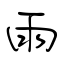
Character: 雨